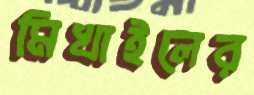
মিখাইলের